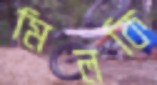
মিলকি